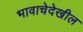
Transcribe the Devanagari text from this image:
भावाचेदेखील